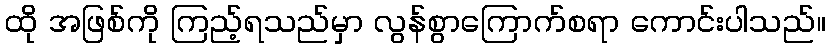
ထို အဖြစ်ကို ကြည့်ရသည်မှာ လွန်စွာကြောက်စရာ ကောင်းပါသည်။